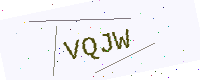
Text: VQJW